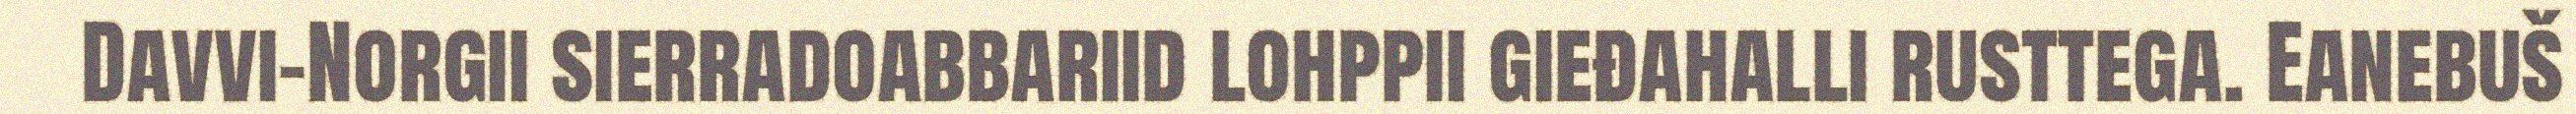
Davvi-Norgii sierradoabbariid lohppii gieđahalli rusttega. Eanebuš